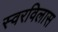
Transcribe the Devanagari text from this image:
स्वरविलास